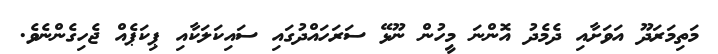
މަތިމަރަދޫ އަވަށާއި ދެމެދު އޮންނަ މީހުން ނޫޅޭ ސަރަހައްދުގައި ސައިކަލަކާއި ޕިކަޕެއް ޖެހިގެންނެވެ.